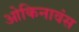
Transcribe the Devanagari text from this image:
ओकिनावंस